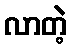
လာတဲ့